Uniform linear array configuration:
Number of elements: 12
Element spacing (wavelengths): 1
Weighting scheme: blackman
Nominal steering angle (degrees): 60
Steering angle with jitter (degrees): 58.615
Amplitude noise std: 0.05
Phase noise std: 0.05

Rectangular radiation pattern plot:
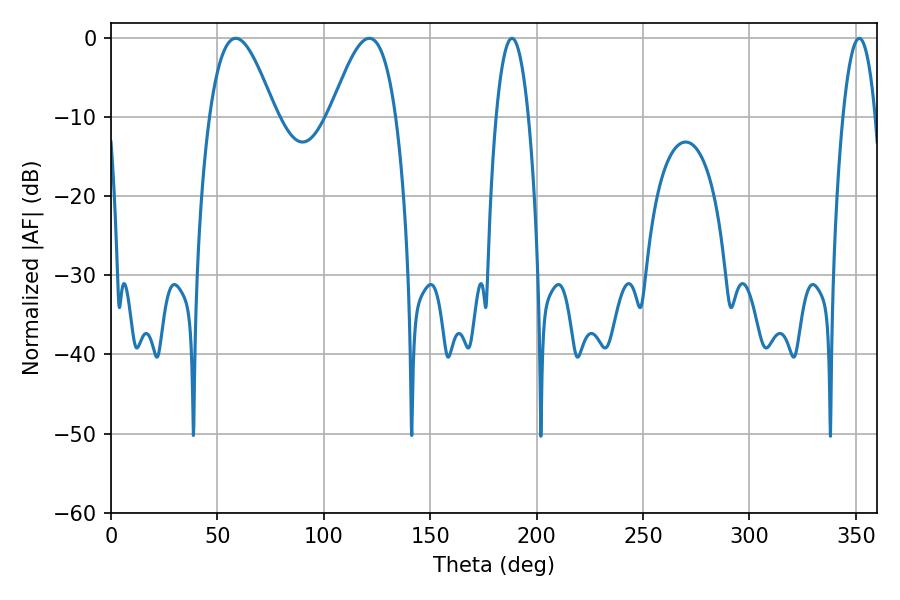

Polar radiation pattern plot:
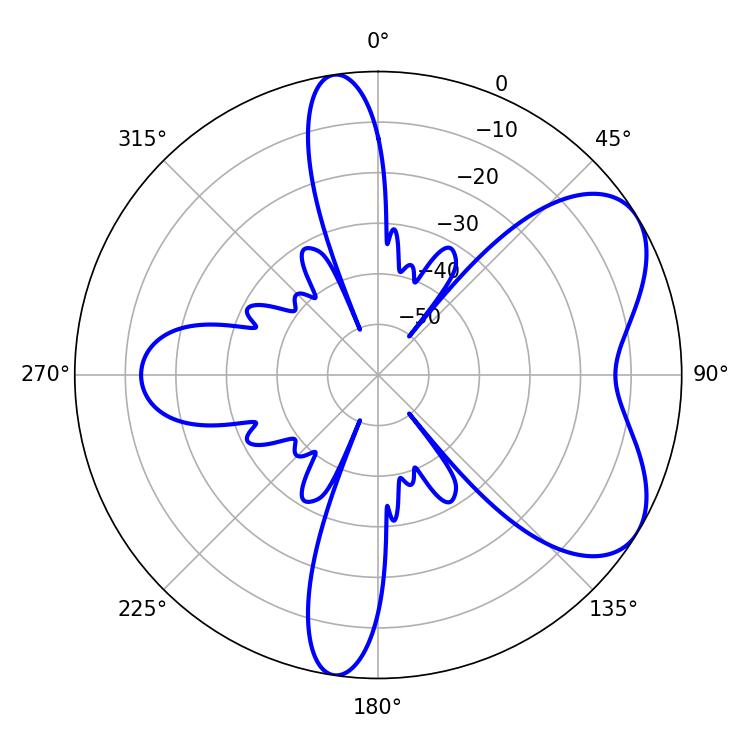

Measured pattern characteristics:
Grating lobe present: TRUE
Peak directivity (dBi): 5.987
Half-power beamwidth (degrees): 16.74
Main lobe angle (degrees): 58.68